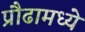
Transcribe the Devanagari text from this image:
प्रौढामध्ये